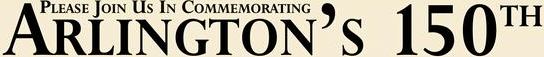
ARLINGTON'S 150TH